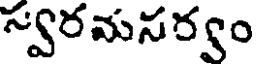
స్వరమసర్యం